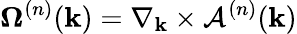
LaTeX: {\mathbf{\Omega}^{(n)}}(\mathbf{k})=\nabla_{\mathbf{k}}\times\mathcal{A}^{(n)}(\mathbf{k})